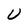
Character: U